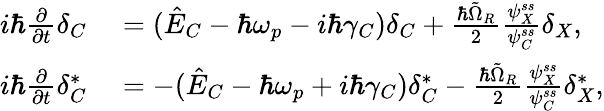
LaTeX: \begin{array}{rl}{i\hbar\frac{\partial}{\partial t}\delta_{C}}&{{}=(\hat{E}_{C}-\hbar\omega_{p}-i\hbar\gamma_{C})\delta_{C}+\frac{\hbar\tilde{\Omega}_{R}}{2}\frac{\psi_{X}^{ss}}{\psi_{C}^{ss}}\delta_{X},}\\ {i\hbar\frac{\partial}{\partial t}\delta_{C}^{*}}&{{}=-(\hat{E}_{C}-\hbar\omega_{p}+i\hbar\gamma_{C})\delta_{C}^{*}-\frac{\hbar\tilde{\Omega}_{R}}{2}\frac{\psi_{X}^{ss}}{\psi_{C}^{ss}}\delta_{X}^{*},}\end{array}